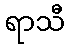
ရာသီ